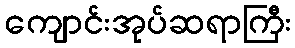
ကျောင်းအုပ်ဆရာကြီး